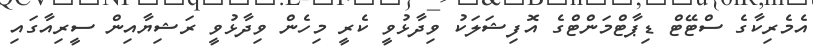
އެމެރިކާގެ ސްޓޭޓް ޑިޕާޓްމަންޓްގެ އޮފިޝަލަކު ވިދާޅުވީ ކެރީ މިހެން ވިދާޅުވީ ރަޝިޔާއިން ސީރިއާގައި